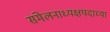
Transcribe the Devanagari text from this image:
संमेलनाध्यक्षपदाच्या